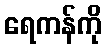
ရေကန်ကို